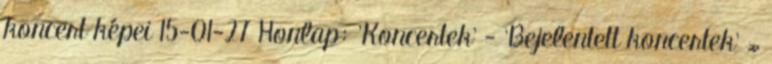
koncert képei 15-01-27 Honlap: 'Koncertek' - 'Bejelentett koncertek' »